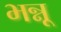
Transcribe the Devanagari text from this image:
भन्नू